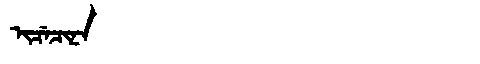
Manchu: ᡳᠴᡝᠴᡳᠨᠠ
Romanization: ICECINA